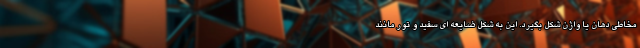
مخاطی دهان یا واژن شکل بگیرد. این به شکل ضایعه ای سفید و تور مانند